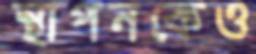
স্থাপনকেও